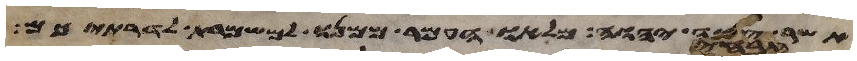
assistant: אשר צוה יהוה מלאו העמר ממנו למשמרת לדרתיכם